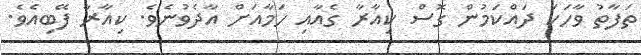
ތަފާތު ވާހަކަ ދައްކަމުން ގޮސް ކިއާރާ ގެއާއި ހަމާއަށް އާދެވުނެވެ. ކިއާރާ ފޭބިއެވެ.